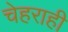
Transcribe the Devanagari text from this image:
चेहराही